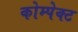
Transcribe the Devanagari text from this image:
कोम्पेक्ट